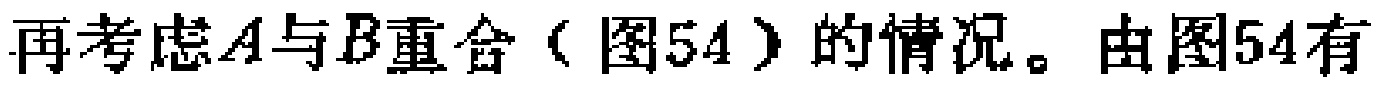
再考虑\(A\)与\(B\)重合（图54）的情况。由图54有